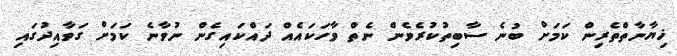
ޚިޔާނާތްތެރިން ކަމަށް ބުނެ ސާބިތުކުރެވެން ނެތް ވާހަކައެއް ދައްކައިގެން ނުވާނެ ކަމަށް ގަވާއިދުގައި